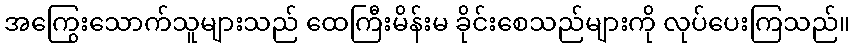
အကြွေးသောက်သူများသည် ထေကြီးမိန်းမ ခိုင်းစေသည်များကို လုပ်ပေးကြသည်။